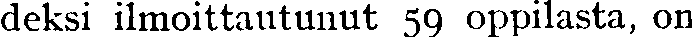
deksi ilmoittautunut 59 oppilasta, on